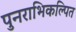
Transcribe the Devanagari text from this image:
पुनराभिकल्पित